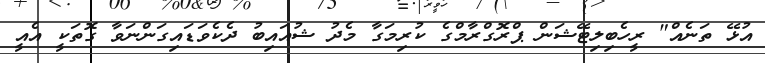
އުޅޭ ތަނެއް" ރީހެބިލިޓޭޝަން ޕްރޮގްރާމްގެ ކުރިމަގާ މެދު ޝުއައިބު ދެކެވަޑައިގަންނަވާ ގޮތަކީ އެއީ